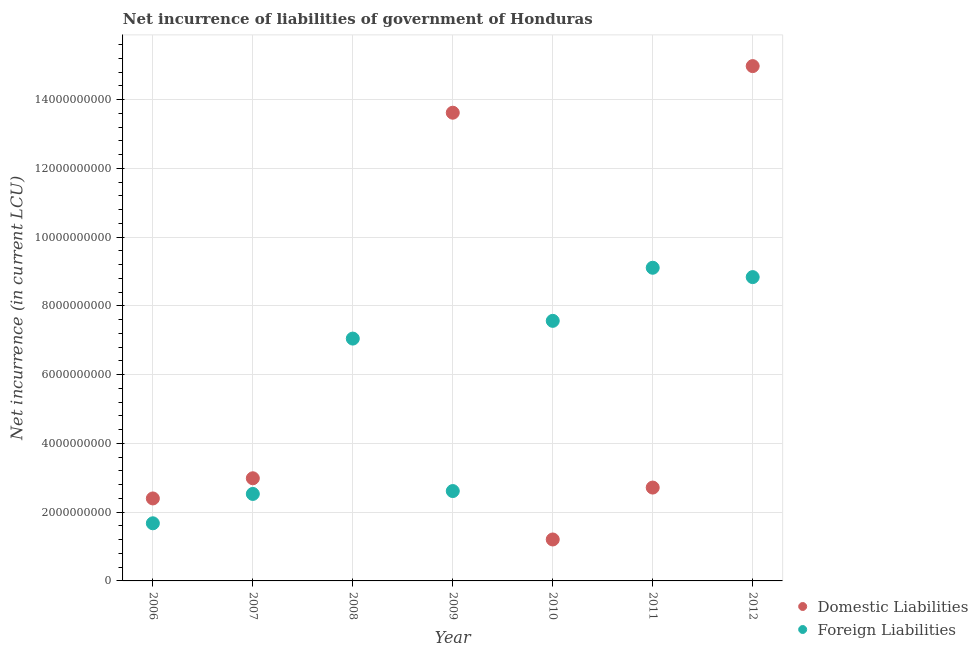
| Year | Domestic Liabilities | Foreign Liabilities |
 | --- | --- | --- |
 | 2006 | 2.4e+09 | 1.68e+09 |
 | 2007 | 2.99e+09 | 2.53e+09 |
 | 2008 | -3.2e+09 | 7.05e+09 |
 | 2009 | 1.36e+10 | 2.61e+09 |
 | 2010 | 1.21e+09 | 7.57e+09 |
 | 2011 | 2.72e+09 | 9.11e+09 |
 | 2012 | 1.5e+10 | 8.84e+09 |